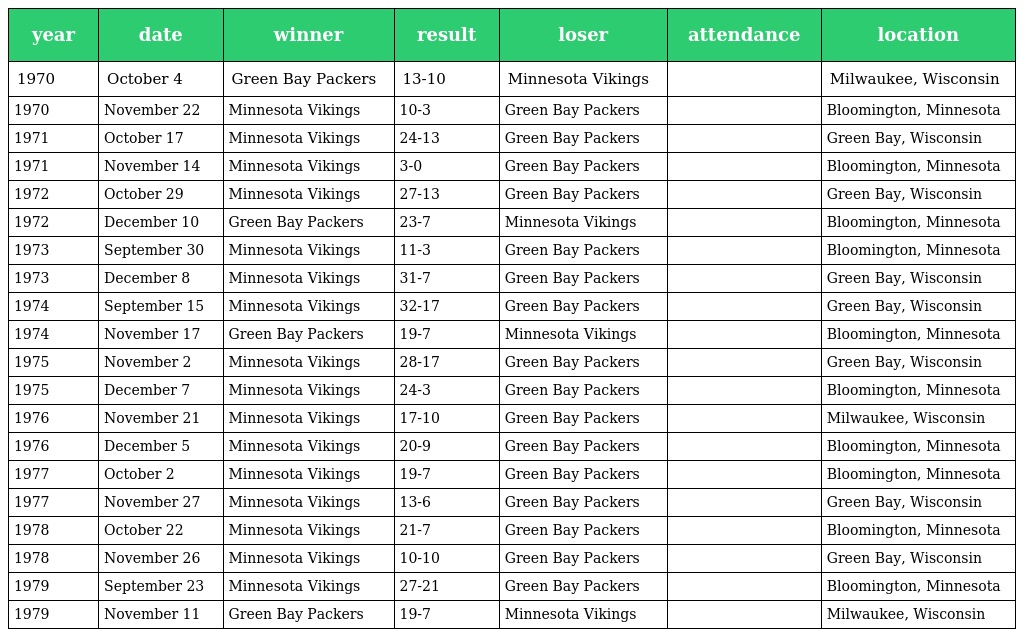
| year | date | winner | result | loser | attendance | location |
 | --- | --- | --- | --- | --- | --- | --- |
 | 1970 | October 4 | Green Bay Packers | 13-10 | Minnesota Vikings |  | Milwaukee, Wisconsin |
 | 1970 | November 22 | Minnesota Vikings | 10-3 | Green Bay Packers |  | Bloomington, Minnesota |
 | 1971 | October 17 | Minnesota Vikings | 24-13 | Green Bay Packers |  | Green Bay, Wisconsin |
 | 1971 | November 14 | Minnesota Vikings | 3-0 | Green Bay Packers |  | Bloomington, Minnesota |
 | 1972 | October 29 | Minnesota Vikings | 27-13 | Green Bay Packers |  | Green Bay, Wisconsin |
 | 1972 | December 10 | Green Bay Packers | 23-7 | Minnesota Vikings |  | Bloomington, Minnesota |
 | 1973 | September 30 | Minnesota Vikings | 11-3 | Green Bay Packers |  | Bloomington, Minnesota |
 | 1973 | December 8 | Minnesota Vikings | 31-7 | Green Bay Packers |  | Green Bay, Wisconsin |
 | 1974 | September 15 | Minnesota Vikings | 32-17 | Green Bay Packers |  | Green Bay, Wisconsin |
 | 1974 | November 17 | Green Bay Packers | 19-7 | Minnesota Vikings |  | Bloomington, Minnesota |
 | 1975 | November 2 | Minnesota Vikings | 28-17 | Green Bay Packers |  | Green Bay, Wisconsin |
 | 1975 | December 7 | Minnesota Vikings | 24-3 | Green Bay Packers |  | Bloomington, Minnesota |
 | 1976 | November 21 | Minnesota Vikings | 17-10 | Green Bay Packers |  | Milwaukee, Wisconsin |
 | 1976 | December 5 | Minnesota Vikings | 20-9 | Green Bay Packers |  | Bloomington, Minnesota |
 | 1977 | October 2 | Minnesota Vikings | 19-7 | Green Bay Packers |  | Bloomington, Minnesota |
 | 1977 | November 27 | Minnesota Vikings | 13-6 | Green Bay Packers |  | Green Bay, Wisconsin |
 | 1978 | October 22 | Minnesota Vikings | 21-7 | Green Bay Packers |  | Bloomington, Minnesota |
 | 1978 | November 26 | Minnesota Vikings | 10-10 | Green Bay Packers |  | Green Bay, Wisconsin |
 | 1979 | September 23 | Minnesota Vikings | 27-21 | Green Bay Packers |  | Bloomington, Minnesota |
 | 1979 | November 11 | Green Bay Packers | 19-7 | Minnesota Vikings |  | Milwaukee, Wisconsin |